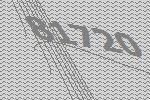
81720